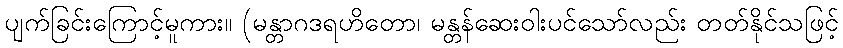
ပျက်ခြင်းကြောင့်မူကား။ (မန္တာဂဒရဟိတော၊ မန္တန်ဆေးဝါးပင်သော်လည်း တတ်နိုင်သဖြင့်